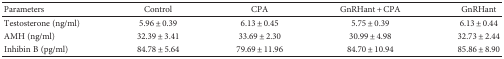
<table><thead><tr><td><b>Parameters</b></td><td><b>Control</b></td><td><b>CPA</b></td><td><b>GnRHant + CPA</b></td><td><b>GnRHant</b></td></tr></thead><tbody><tr><td>Testosterone (ng/ml)</td><td>5.96 ± 0.39</td><td>6.13 ± 0.45</td><td>5.75 ± 0.39</td><td>6.13 ± 0.44</td></tr><tr><td>AMH (ng/ml)</td><td>32.39 ± 3.41</td><td>33.69 ± 2.30</td><td>30.99 ± 4.98</td><td>32.73 ± 2.44</td></tr><tr><td>Inhibin B (pg/ml)</td><td>84.78 ± 5.64</td><td>79.69 ± 11.96</td><td>84.70 ± 10.94</td><td>85.86 ± 8.90</td></tr></tbody></table>